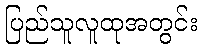
ပြည်သူလူထုအတွင်း